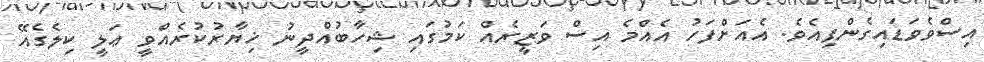
އިސްވެވަޑައިގެންފިއެވެ. އެއަށްފަހު އެއްމެ އިސް ވަޒީރެއް ކަމުގައި ޝިހާބުއްދީނު ޚިޔާރުކުރެއްވީ ޢަލީ ކިލެގެއޭ